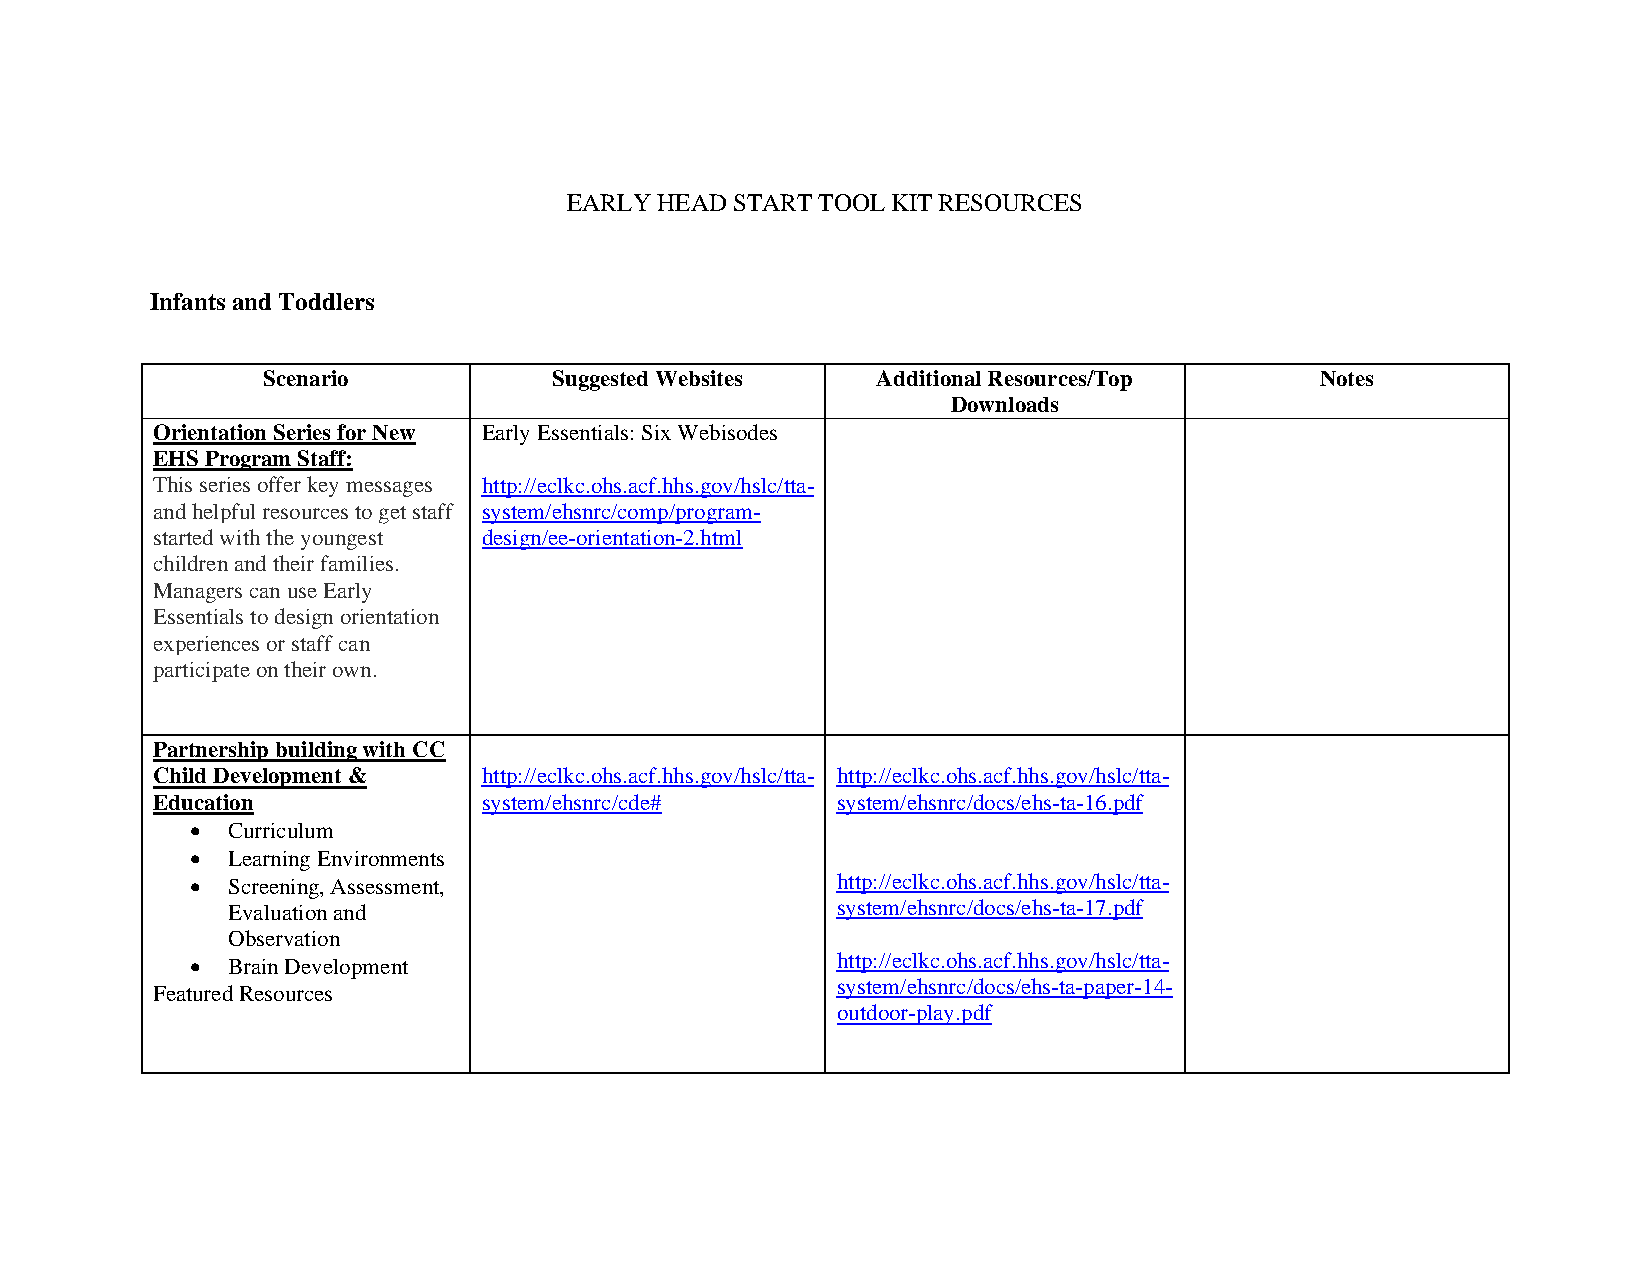
EARLY HEAD START TOOL KIT RESOURCES
 Infants and Toddlers
 Scenario            Suggested Websites   Additional Resources/Top     Notes
 Downloads
 Orientation Series for New Early Essentials: Six Webisodes
 EHS Program Staff:
 This series offer key messages http://eclkc.ohs.acf.hhs.gov/hslc/tta-
 and helpful resources to get staff system/ehsnrc/comp/program-
 started with the youngest design/ee-orientation-2.html
 children and their families.
 Managers can use Early
 Essentials to design orientation
 experiences or staff can
 participate on their own.
 Partnership building with CC
 Child Development &   http://eclkc.ohs.acf.hhs.gov/hslc/tta- http://eclkc.ohs.acf.hhs.gov/hslc/tta-
 Education             system/ehsnrc/cde#     system/ehsnrc/docs/ehs-ta-16.pdf
  Curriculum
  Learning Environments
  Screening, Assessment,                  http://eclkc.ohs.acf.hhs.gov/hslc/tta-
 Evaluation and                          system/ehsnrc/docs/ehs-ta-17.pdf
 Observation
 http://eclkc.ohs.acf.hhs.gov/hslc/tta-
  Brain Development
 system/ehsnrc/docs/ehs-ta-paper-14-
 Featured Resources
 outdoor-play.pdf